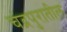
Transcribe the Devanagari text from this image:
चंद्रपुरातील